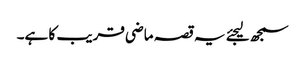
سمجھ لیجئے یہ قصہ ماضی قریب کا ہے۔